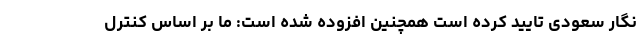
نگار سعودی تایید کرده است همچنین افزوده شده است: ما بر اساس کنترل